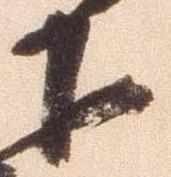
下